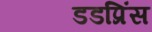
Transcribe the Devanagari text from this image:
डडप्रिंस